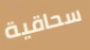
سحاقية